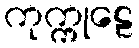
ကုက္ကုဠေ